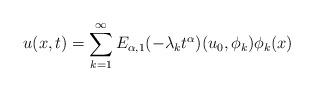
LaTeX: \begin{align*} u(x,t) = \sum_{k=1}^{\infty}E_{\alpha,1}(-\lambda_{k}t^{\alpha})(u_{0},\phi_{k})\phi_{k}(x) \end{align*}